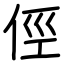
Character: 俓